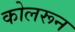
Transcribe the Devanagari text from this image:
कोलरून